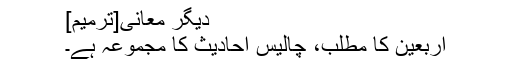
دیگر معانی[ترمیم]
اربعین کا مطلب، چالیس احادیث کا مجموعہ ہے۔